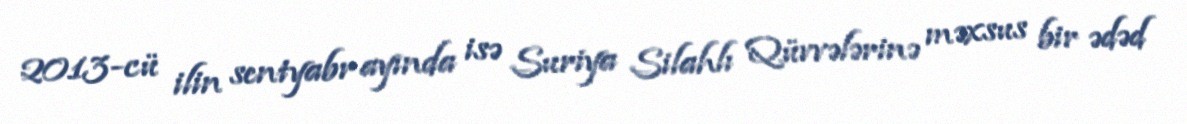
2013-cü ilin sentyabr ayında isə Suriya Silahlı Qüvvələrinə məxsus bir ədəd